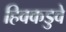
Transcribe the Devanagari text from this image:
हिवकडुवे